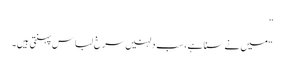
”
“میں نے سنا ہے، سب دلہنیں سرخ لباس پہنتی ہیں۔